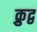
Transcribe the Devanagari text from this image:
क्रुद्व